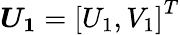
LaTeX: \boldsymbol{U_{1}}=\left[U_{1},V_{1}\right]^{T}